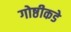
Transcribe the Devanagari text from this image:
गोष्ठीकडे